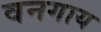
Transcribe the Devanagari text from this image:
वनगाय